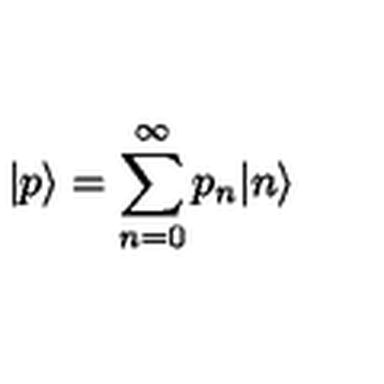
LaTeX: | p \rangle = \sum _ { n = 0 } ^ { \infty } p _ { n } | n \rangle